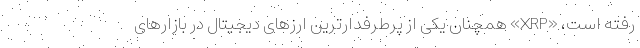
رفته است، «XRP» همچنان یکی از پرطرفدارترین ارزهای دیجیتال در بازارهای